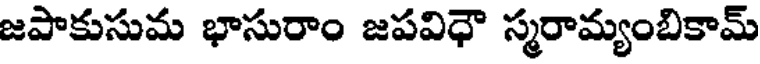
జపాకుసుమ భాసురాం జపవిధౌ స్మరామ్యంబికామ్